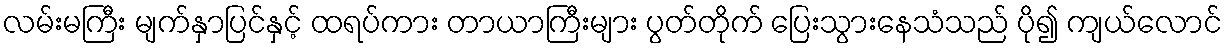
လမ်းမကြီး မျက်နှာပြင်နှင့် ထရပ်ကား တာယာကြီးများ ပွတ်တိုက် ပြေးသွားနေသံသည် ပို၍ ကျယ်လောင်